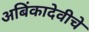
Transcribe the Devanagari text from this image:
अबिंकादेवीचे